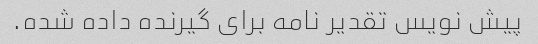
پیش نویس تقدیر نامه برای گیرنده داده شده.